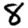
Digit: 8